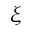
\xi